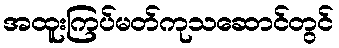
အထူးကြပ်မတ်ကုသဆောင်တွင်